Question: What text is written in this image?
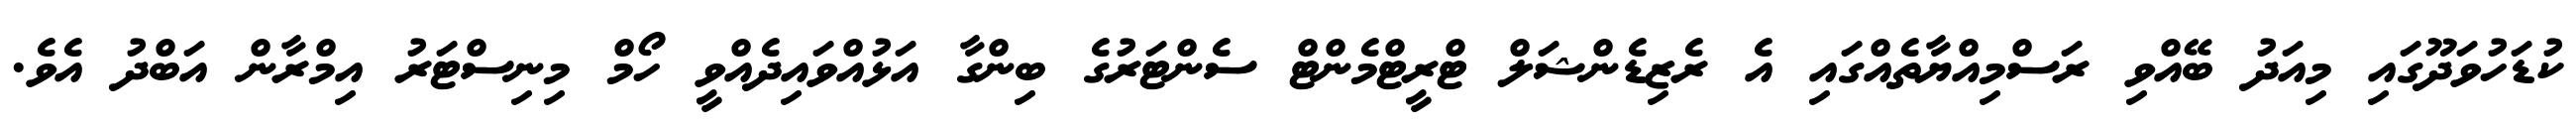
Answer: ކުޑަހުވަދޫގައި މިއަދު ބޭއްވި ރަސްމިއްޔާތެއްގައި އެ ރެޒިޑެންޝަލް ޓްރީޓްމެންޓް ސެންޓަރުގެ ބިންގާ އަޅުއްވައިދެއްވީ ހޯމް މިނިސްޓަރު އިމްރާން އަބްދު އެވެ.